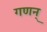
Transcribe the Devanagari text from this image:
गणन्